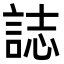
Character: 誌